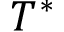
T ^ { \ast }